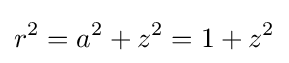
r^{2}=a^{2}+z^{2}=1+z^{2}